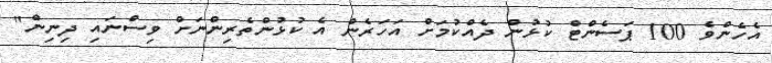
އެހެންވެ 100 ޕަސެންޓް ކުޅުން ދެއްކުމަށް އަހަރެން އެ ކުޅުންތެރިންނަށް ވިސްނައި ދިނިން"